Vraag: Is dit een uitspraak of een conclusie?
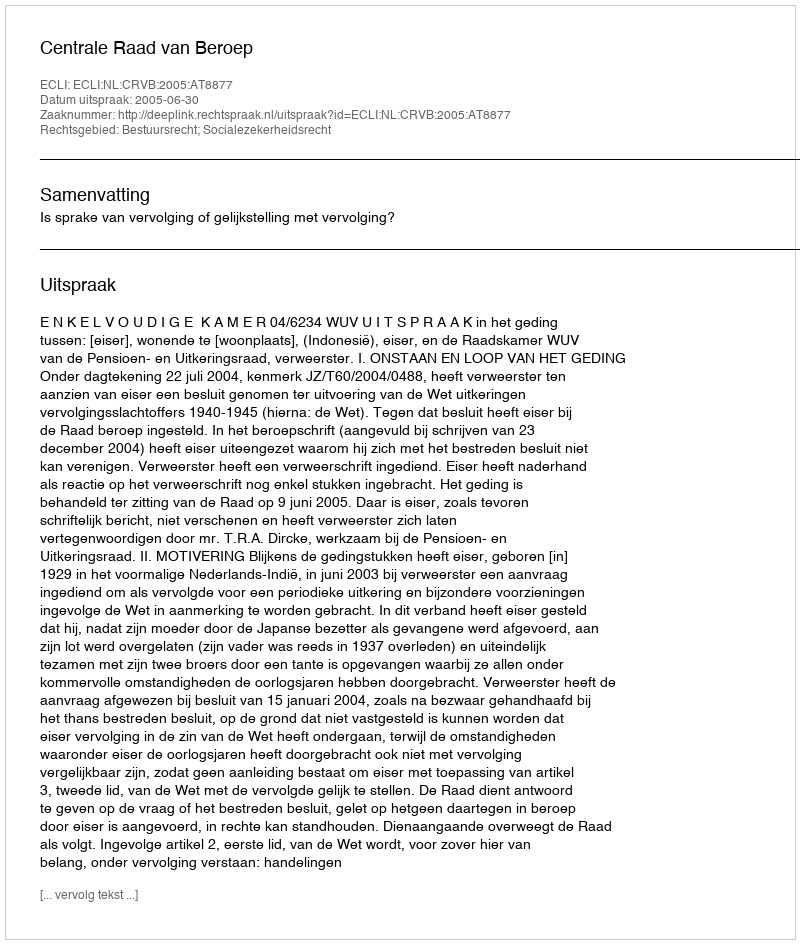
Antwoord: Uitspraak